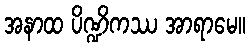
အနာထ ပိဏ္ဍိကဿ အာရာမေ။